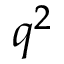
q ^ { 2 }